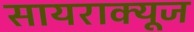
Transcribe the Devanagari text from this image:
सायराक्यूज